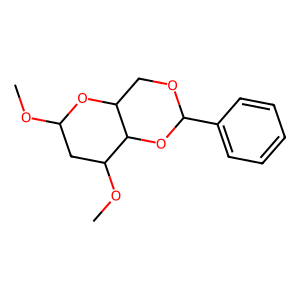
SMILES: COC1CC(OC)C2OC(c3ccccc3)OCC2O1
Inhibits HIV replication: No